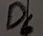
Text: D6